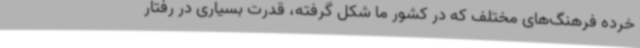
خرده فرهنگ‌های مختلف که در کشور ما شکل گرفته، قدرت بسیاری در رفتار